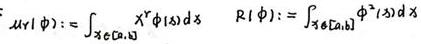
\[
A(\gamma|\phi):=\int_{x\in[a,b]} x^{\gamma}\phi(s)ds\quad R(\phi):=\int_{x\in[a,b]}\phi^{2}(s)ds
\]